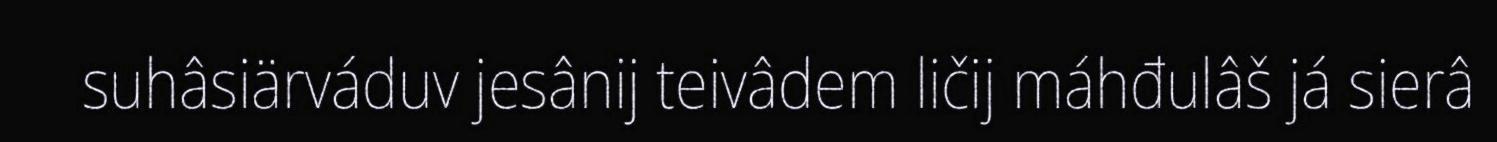
suhâsiärváduv jesânij teivâdem ličij máhđulâš já sierâ